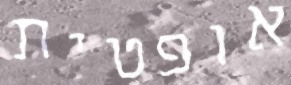
אופטית